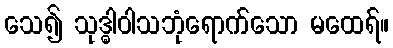
သေ၍ သုဒ္ဓါဝါသဘုံရောက်သော မထေရ်။